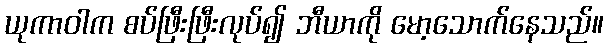
ယုကာဝါက စပ်ဖြီးဖြီးလုပ်၍ ဘီယာကို မော့သောက်နေသည်။